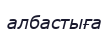
албастыға